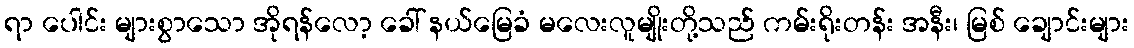
ရာ ပေါင်း များစွာသော အိုရန်လော့ ခေါ် နယ်မြေခံ မလေးလူမျိုးတို့သည် ကမ်းရိုးတန်း အနီး၊ မြစ် ချောင်းများ